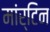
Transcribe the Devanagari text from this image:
मांर्टिन